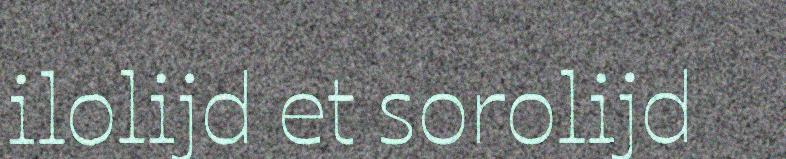
ilolijd et sorolijd